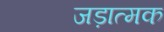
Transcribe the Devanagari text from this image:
जड़ात्मक